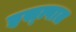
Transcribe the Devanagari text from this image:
इस्त्पात